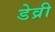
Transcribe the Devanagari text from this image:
डेव्री